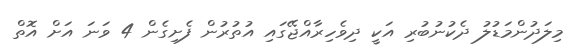
މިލަދުންމަޑުލު ދެކުނުބުރި އަކީ ދިވެހިރާއްޖޭގައި އުތުރުން ފެށިގެން 4 ވަނަ އަށް އޮތް